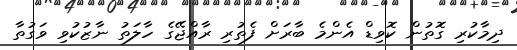
ދިމާކުރި ގޮތުން ކޮވިޑް އެންމެ ބާރަށް ފެތުރި ރާއްޖޭގެ ހާލަތު ނާޒުކުވި ވަގުތާ